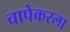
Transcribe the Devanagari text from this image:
चापेकरला